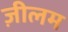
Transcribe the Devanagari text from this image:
ज़ीलम